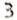
3